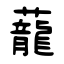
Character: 蘢